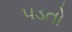
૫ડતો